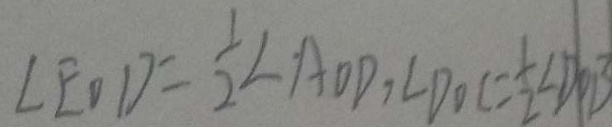
\angle E O D = \frac { 1 } { 2 } \angle A O D , \angle D O C = \frac { 1 } { 2 } \angle D O B